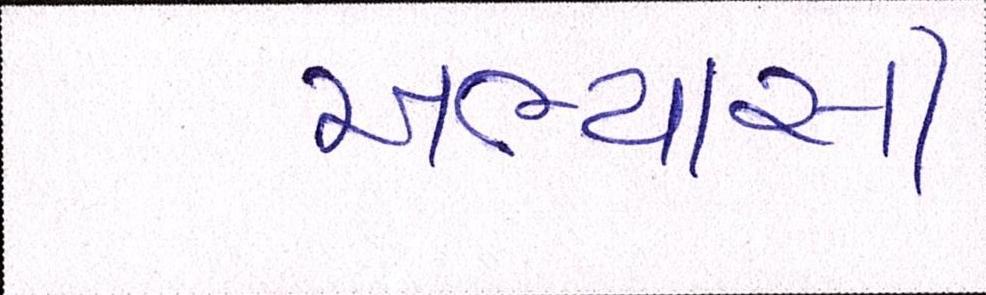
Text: અભ્યાસી